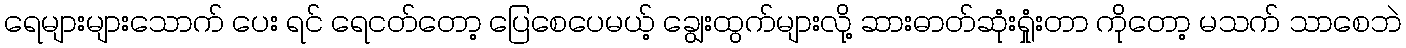
ရေများများသောက် ပေး ရင် ရေငတ်တော့ ပြေစေပေမယ့် ချွေးထွက်များလို့ ဆားဓာတ်ဆုံးရှုံးတာ ကိုတော့ မသက် သာစေဘဲ